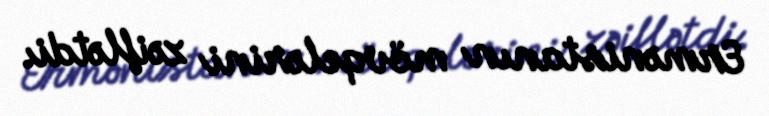
Ermənistanın mövqelərini zəiflətdi.